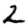
Digit: 2